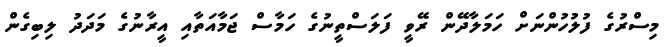
މިސްރުގެ ފުލުހުންނަށް ހަމަލާދޭން ރޭވީ ފަލަސްތީނުގެ ހަމާސް ޖަމާއަތާއި އީރާނުގެ މަދަދު ލިބިގެން